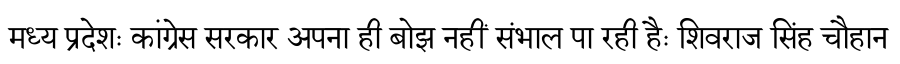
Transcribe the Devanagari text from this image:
मध्य प्रदेशः कांग्रेस सरकार अपना ही बोझ नहीं संभाल पा रही हैः शिवराज सिंह चौहान